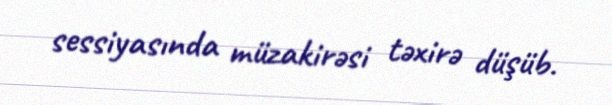
sessiyasında müzakirəsi təxirə düşüb.